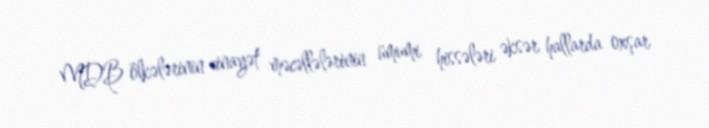
MDB ölkələrinin cinayət məcəllələrinin ümumi hissələri əksər hallarda oxşar